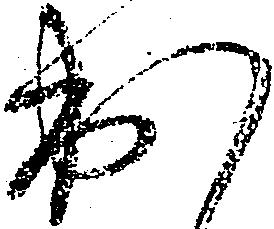
出